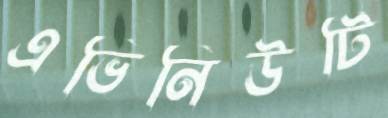
এভিনিউটি